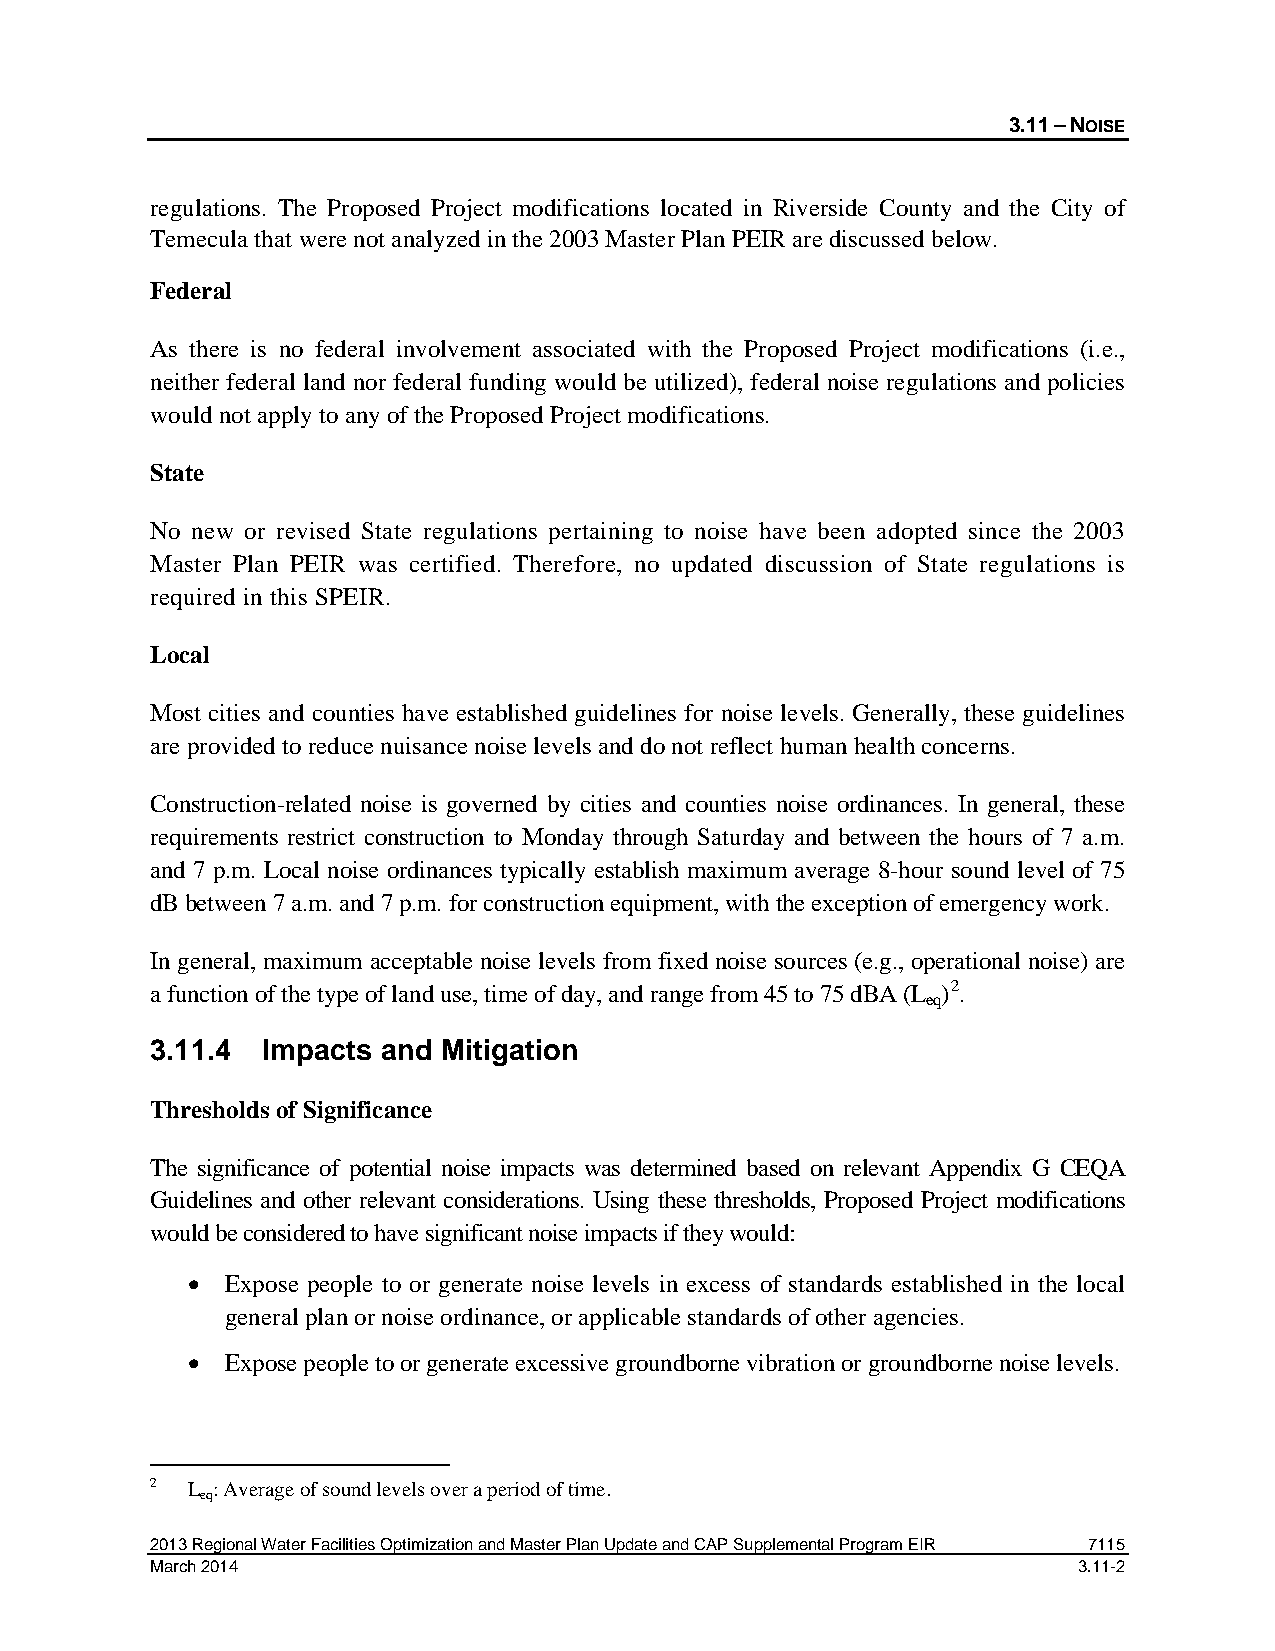
3.11 – NOISE
 regulations. The Proposed Project modifications located in Riverside County and the City of
 Temecula that were not analyzed in the 2003 Master Plan PEIR are discussed below.
 Federal
 As there is no federal involvement associated with the Proposed Project modifications (i.e.,
 neither federal land nor federal funding would be utilized), federal noise regulations and policies
 would not apply to any of the Proposed Project modifications.
 State
 No new or revised State regulations pertaining to noise have been adopted since the 2003
 Master Plan PEIR was certified. Therefore, no updated discussion of State regulations is
 required in this SPEIR.
 Local
 Most cities and counties have established guidelines for noise levels. Generally, these guidelines
 are provided to reduce nuisance noise levels and do not reflect human health concerns.
 Construction-related noise is governed by cities and counties noise ordinances. In general, these
 requirements restrict construction to Monday through Saturday and between the hours of 7 a.m.
 and 7 p.m. Local noise ordinances typically establish maximum average 8-hour sound level of 75
 dB between 7 a.m. and 7 p.m. for construction equipment, with the exception of emergency work.
 In general, maximum acceptable noise levels from fixed noise sources (e.g., operational noise) are
 a function of the type of land use, time of day, and range from 45 to 75 dBA (L )2.
 eq
 3.11.4 Impacts and Mitigation
 Thresholds of Significance
 The significance of potential noise impacts was determined based on relevant Appendix G CEQA
 Guidelines and other relevant considerations. Using these thresholds, Proposed Project modifications
 would be considered to have significant noise impacts if they would:
 •  Expose people to or generate noise levels in excess of standards established in the local
 general plan or noise ordinance, or applicable standards of other agencies.
 •  Expose people to or generate excessive groundborne vibration or groundborne noise levels.
 2 L : Average of sound levels over a period of time.
 eq
 2013 Regional Water Facilities Optimization and Master Plan Update and CAP Supplemental Program EIR 7115
 March 2014                                                   3.11-2